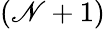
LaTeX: (\mathscr{N}+1)